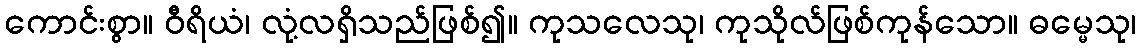
ကောင်းစွာ။ ဝီရိယံ၊ လုံ့လရှိသည်ဖြစ်၍။ ကုသလေသု၊ ကုသိုလ်ဖြစ်ကုန်သော။ ဓမ္မေသု၊